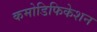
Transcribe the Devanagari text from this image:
कमोडिफिकेशन